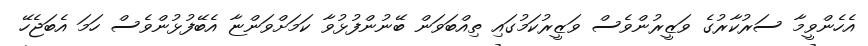
އެހެންވީމާ ސަރުކާރުގެ ވަޒީރުންވެސް ވަޒީރުކަމުގައި ތިއްބަވަން ބޭނުންފުޅުވާ ކަމަށްވަންޏާ އެބޭފުޅުންވެސް ހަމަ އެބަޖެހޭ